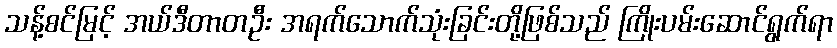
သန့်စင်မြင့် အယ်ဒီတာတဦး အရက်သောက်သုံးခြင်းတို့ဖြစ်သည် ကြိုးပမ်းဆောင်ရွက်ရာ